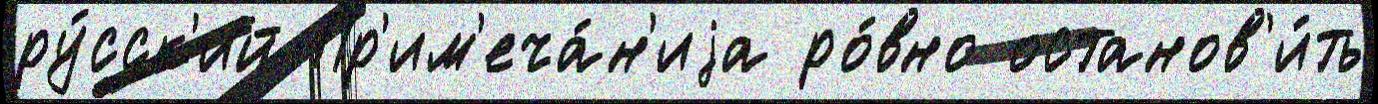
ру́сск'ий Пр'им'еча́н'иjа ро́вно останов'и́ть